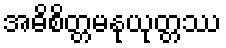
အဓိစိတ္တမနုယုတ္တဿ